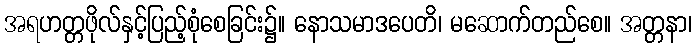
အရဟတ္တဖိုလ်နှင့်ပြည့်စုံစေခြင်း၌။ နောသမာဒပေတိ၊ မဆောက်တည်စေ။ အတ္တနာ၊